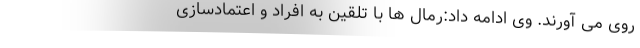
روی می آورند. وی ادامه داد:رمال ها با تلقین به افراد و اعتمادسازی